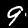
Digit: 9